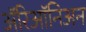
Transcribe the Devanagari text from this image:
ॲरिऑनिअन